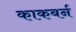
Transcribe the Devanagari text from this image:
काकबर्न